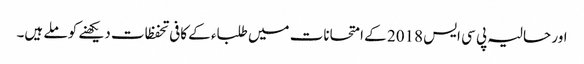
اور حالیہ پی سی ایس 2018 کے امتحانات میں طلباء کے کافی تحفظات دیکھنے کو ملے ہیں۔